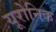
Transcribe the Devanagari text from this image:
यूरोनिक